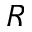
R